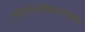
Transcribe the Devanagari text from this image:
व्हिडिओग्राफरच्या